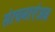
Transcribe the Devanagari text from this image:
संरचनाएंअब